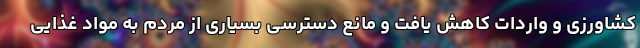
کشاورزی و واردات کاهش یافت و مانع دسترسی بسیاری از مردم به مواد غذایی